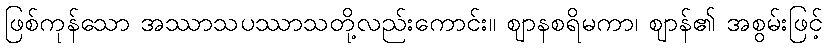
ဖြစ်ကုန်သော အဿာသပဿာသတို့လည်းကောင်း။ ဈာနစရိမကာ၊ ဈာန်၏ အစွမ်းဖြင့်